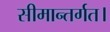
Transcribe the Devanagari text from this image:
सीमान्तर्गत।